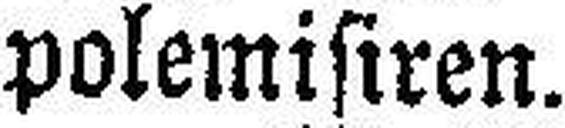
polemisiren.